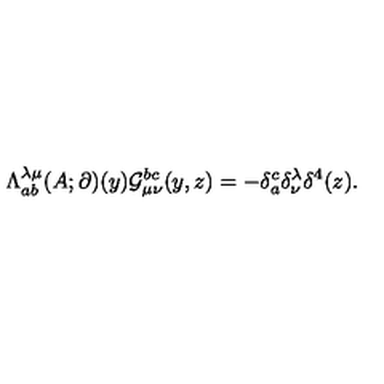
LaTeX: \Lambda _ { a b } ^ { \lambda \mu } ( A ; \partial ) ( y ) { \cal G } _ { \mu \nu } ^ { b c } ( y , z ) = - \delta _ { a } ^ { c } \delta _ { \nu } ^ { \lambda } \delta ^ { 4 } ( z ) .